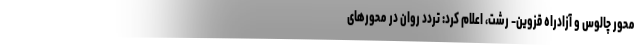
محور چالوس و آزادراه قزوین- رشت، اعلام کرد: تردد روان در محورهای